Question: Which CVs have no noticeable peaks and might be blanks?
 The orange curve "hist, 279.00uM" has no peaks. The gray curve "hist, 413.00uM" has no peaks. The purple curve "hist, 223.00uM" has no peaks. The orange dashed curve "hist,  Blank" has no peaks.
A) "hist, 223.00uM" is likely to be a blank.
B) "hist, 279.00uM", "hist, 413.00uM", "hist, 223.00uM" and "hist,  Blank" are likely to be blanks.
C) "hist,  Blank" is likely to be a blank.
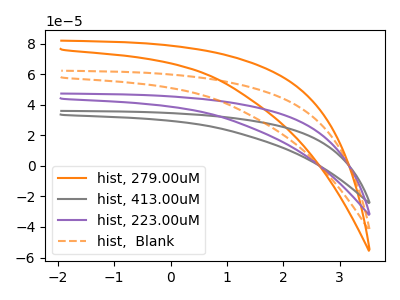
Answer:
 <answer>B) "hist, 279.00uM", "hist, 413.00uM", "hist, 223.00uM" and "hist,  Blank" are likely to be blanks.</answer>
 <eval>B</eval>